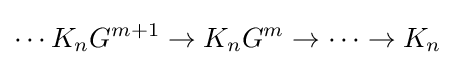
\cdots K_{n}G^{m+1}\to K_{n}G^{m}\to \cdots \to K_{n}